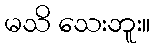
မသိ သေးဘူး။